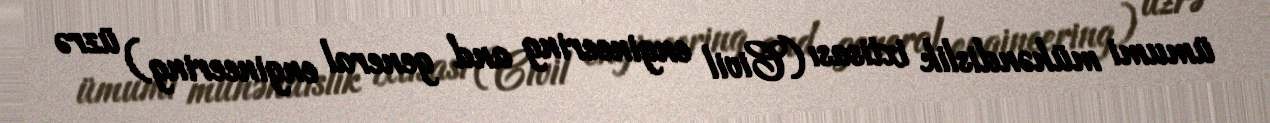
ümumi mühəndislik ixtisası (Civil engineering and general engineering) üzrə